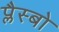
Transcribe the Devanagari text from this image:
प्लैस्बो